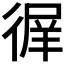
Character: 𢔦